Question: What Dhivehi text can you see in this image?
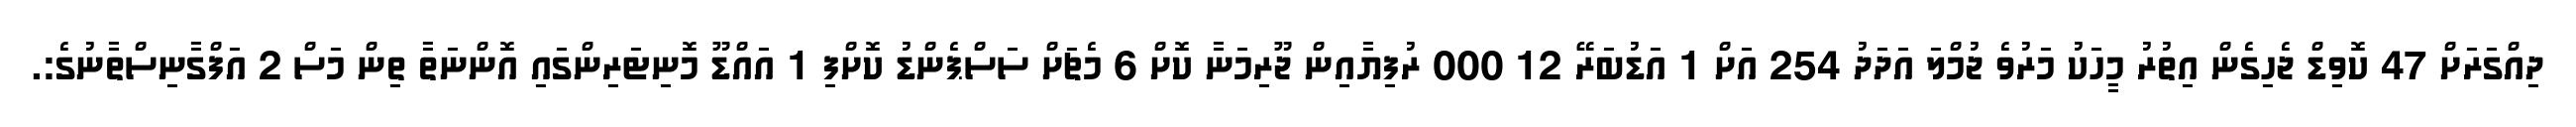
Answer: ދިއްގަރަށް 47 ކޮވިޑް ޖެހިގެން އިތުރު މީހަކު މަރުވެ ޖުމްލަ އަދަދު 254 އަށް 1 އަޑުބަރޭ 12 000 ރުފިޔާއިން ޖޫރިމަނާ ކޮށް 6 މެޗަށް ސަސްޕެންޑު ކޮށްފި 1 އައްޑޫ މޮނިޓަރިންގައި އޮންނަތާ ތިން މަސް 2 އަފްގާނިސްތާނުގެ:.